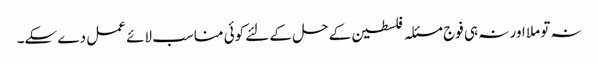
نہ تو ملا اور نہ ہی فوج مسئلہ فلسطین کے حل کے لئے کوئی مناسب لائے عمل دے سکے۔